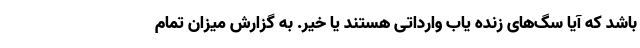
باشد که آیا سگ‌های زنده یاب وارداتی هستند یا خیر. به گزارش میزان تمام